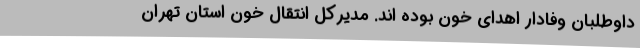
داوطلبان وفادار اهدای خون بوده اند. مدیرکل انتقال خون استان تهران